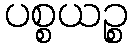
ပစ္စယဉ္စ